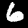
Digit: 6